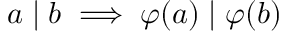
a \mid b \implies \varphi ( a ) \mid \varphi ( b )